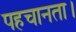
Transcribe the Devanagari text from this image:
पहचानता।